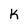
Character: k